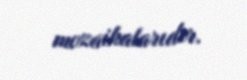
mozaikalarıdır.